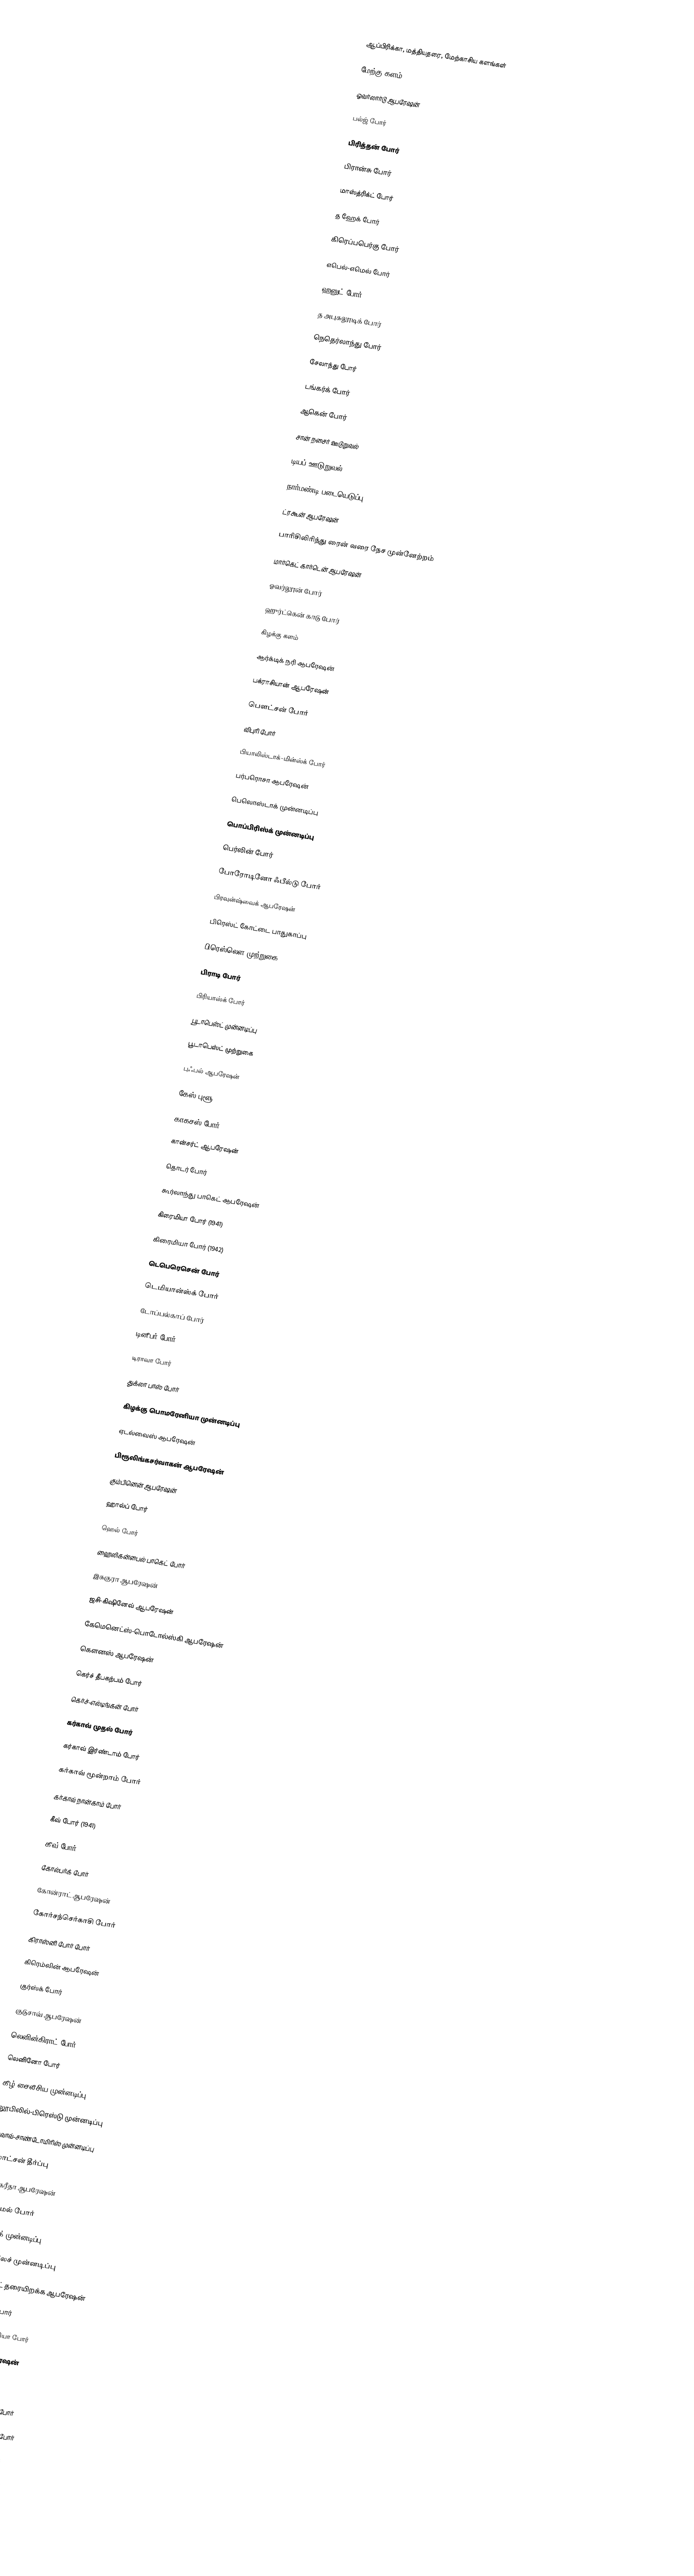

ஆப்பிரிக்கா, மத்தியதரை, மேற்காசிய களங்கள்

மேற்கு களம்

ஓவர்லார்டு ஆபரேஷன்

பல்ஜ் போர்

பிரித்தன் போர்

பிரான்சு போர்

மாஸ்த்ரிக்ட் போர்

த ஹேக் போர்

கிரெப்பபெர்கு போர்

எபெல்-எமெல் போர்

ஹனுட் போர்

த அபுசுலூடிக் போர்

நெதெர்லாந்து போர்

சேலாந்து போர்

டங்கர்க் போர்

ஆகென் போர்

சான் நசைர் ஊடுறுவல்

டியப் ஊடுறுவல்

நார்மண்டி படையெடுப்பு

ட்ரகூன் ஆபரேஷன்

பாரிசிலிரிந்து ரைன் வரை நேச முன்னேற்றம்

மார்கெட் கார்டென் ஆபரேஷன்

ஓவர்லூன் போர்

ஹுர்ட்கென் காடு போர்

கிழக்கு களம்

ஆர்க்டிக் நரி ஆபரேஷன்

பக்ராசியான் ஆபரேஷன்

பௌட்சன் போர்

விபுரி போர்

பியாலிஸ்டாக்-மின்ஸ்க் போர்

பர்பரொசா ஆபரேஷன்

பெலொஸ்டாக் முன்னடிப்பு

பொப்பிரிஸ்க் முன்னடிப்பு

பெர்லின் போர்

போரோடினோ ஃபீல்டு போர்

பிரவுன்ஷ்வைக் ஆபரேஷன்

பிரெஸ்ட் கோட்டை பாதுகாப்பு

பிரெஸ்லௌ முற்றுகை

பிராடி போர்

பிரியாஸ்க் போர்

பூடாபெஸ்ட் முன்னடிப்பு

பூடாபெஸ்ட் முற்றுகை

புஃபல் ஆபரேஷன்

கேஸ் புளூ

காகசஸ் போர்

கான்சர்ட் ஆபரேஷன்

தொடர் போர்

கூர்லாந்து பாகெட் ஆபரேஷன்

கிரைமியா போர் (1941)

கிரைமியா போர் (1942)

டெபெரெசென் போர்

டெமியான்ஸ்க் போர்

டோப்பல்காப் போர்

டினீபர் போர்

டிராவா போர்

துக்லா பாஸ் போர்

கிழக்கு பொமரேனியா முன்னடிப்பு

ஏடல்வைஸ் ஆபரேஷன்

பிரூலிங்கசர்வாகன் ஆபரேஷன்

கும்பினென் ஆபரேஷன்

ஹால்ப் போர்

ஹெல் போர்

ஹைலிகன்பைல் பாகெட் போர்

இசுகுரா ஆபரேஷன்

ஜசி-கிஷினேவ் ஆபரேஷன்

கேமெனெட்ஸ்-பொடோல்ஸ்கி ஆபரேஷன்

கௌனஸ் ஆபரேஷன்

கெர்ச் தீபகற்பம் போர்

கெர்ச்-எல்டிங்கன் போர்

கர்காவ் முதல் போர்

கர்காவ் இர்ண்டாம் போர்

கர்காவ் மூன்றாம் போர்

கர்காவ் நான்காம் போர்

கீவ் போர் (1941)

கீவ் போர் (1943)

கோல்பர்க் போர்

கோன்ராட் ஆபரேஷன்

கோர்சந்செர்காசி போர்

கிராஸ்னி போர் போர்

கிரெம்லின் ஆபரேஷன்

குர்ஸ்க் போர்

குடுசாவ் ஆபரேஷன்

லெனின்கிராட் போர்

லெனினோ போர்

கீழ் சைலீசிய முன்னடிப்பு

லூபிலில்-பிரெஸ்டு முன்னடிப்பு

லுவாவ்-சாண்டோமிரிஸ் முன்னடிப்பு

லோட்சன் தீர்ப்பு

மார்கரீதா ஆபரேஷன்

மெமெல் போர்

மின்ஸ்க் முன்னடிப்பு

மோகிலேச் முன்னடிப்பு

மூன்சண்ட் தரையிறக்க ஆபரேஷன்

மாஸ்கோ போர்

மலாய-செல்மியா போர்

மார்ஸ் ஆபரேஷன்

நர்வா போர்

நர்வா ப்ரிட்ஜ்ஹெட் போர்

டானன்பெர்க் கோடு போர்

நெவ்ஸ்கி பியாடசோக்

நிகோலயேவா போர்

நோர்ட்ல